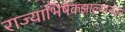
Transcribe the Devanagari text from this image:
राज्याभिषेकझाल्यानंतर